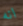
انه